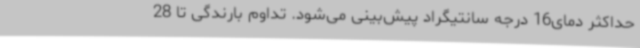
حداکثر دمای16 درجه سانتیگراد پیش‌بینی می‌شود. تداوم بارندگی تا 28